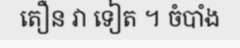
តឿន វា ទៀត ។ ចំបាំង